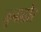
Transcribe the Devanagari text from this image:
जूनाढोर